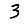
Digit: 3